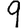
Digit: 9